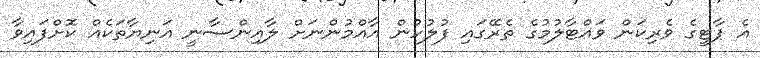
އެ ޕާޓީގެ ވެރިކަން ވައްޓާލުމުގެ ތެރޭގައި ފުލުހުން އާއްމުންނަށް ލާއިންސާނީ އަނިޔާތަކެއް ކޮށްފައިވާ